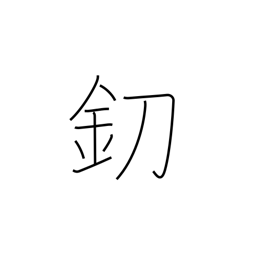
Meaning: knife